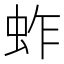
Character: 蚱